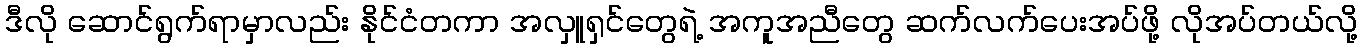
ဒီလို ဆောင်ရွက်ရာမှာလည်း နိုင်ငံတကာ အလှူရှင်တွေရဲ့ အကူအညီတွေ ဆက်လက်ပေးအပ်ဖို့ လိုအပ်တယ်လို့